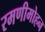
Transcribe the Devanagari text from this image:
रमणीमोहन